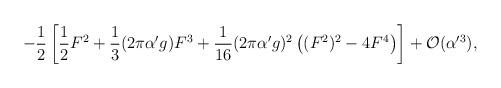
LaTeX: \begin{align*}-\frac{1}{2}\left[ \frac{1}{2}F^2 + \frac{1}{3} (2\pi \alpha'g) F^3 +\frac{1}{16} (2\pi\alpha'g)^2 \left( (F^2)^2 - 4 F^4 \right) \right] +{\cal O}(\alpha'^3),\end{align*}